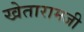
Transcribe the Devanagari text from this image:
खेतारामजी